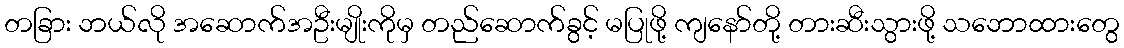
တခြား ဘယ်လို အဆောက်အဦးမျိုးကိုမှ တည်ဆောက်ခွင့် မပြုဖို့ ကျနော်တို့ တားဆီးသွားဖို့ သဘောထားတွေ